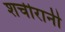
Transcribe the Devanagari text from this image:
शचीरानी